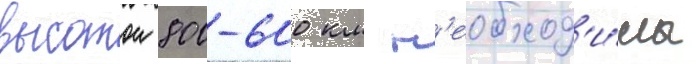
высотои 800-600 км н'еобход'и́мы